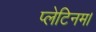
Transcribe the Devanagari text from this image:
प्लेटिनम।